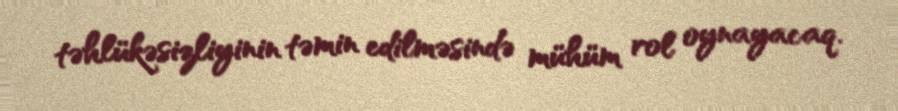
təhlükəsizliyinin təmin edilməsində mühüm rol oynayacaq.